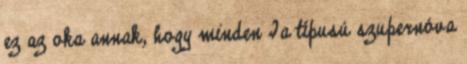
ez az oka annak, hogy minden Ia típusú szupernóva